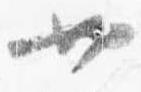
廿